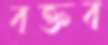
বক্তব